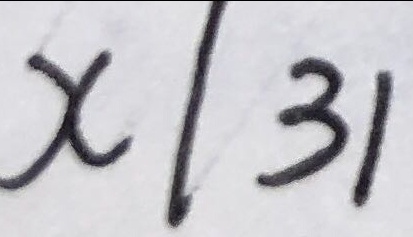
x \vert 3 1